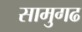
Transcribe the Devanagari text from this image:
सामुगढ